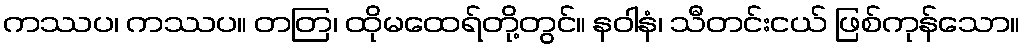
ကဿပ၊ ကဿပ။ တတြ၊ ထိုမထေရ်တို့တွင်။ နဝါနံ၊ သီတင်းငယ် ဖြစ်ကုန်သော။